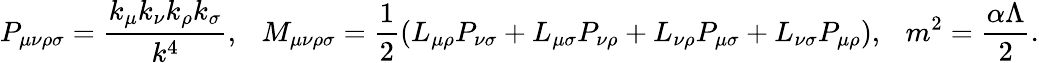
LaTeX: P_{\mu\nu\rho\sigma}=\frac{k_{\mu}k_{\nu}k_{\rho}k_{\sigma}}{k^{4}},\ \ \ M_{\mu\nu\rho\sigma}=\frac{1}{2}\left(L_{\mu\rho}P_{\nu\sigma}+L_{\mu\sigma}P_{\nu\rho}+L_{\nu\rho}P_{\mu\sigma}+L_{\nu\sigma}P_{\mu\rho}\right),\ \ \ m^{2}=\frac{\alpha\Lambda}{2}.